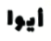
أيوا